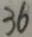
3 6